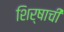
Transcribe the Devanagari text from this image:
शिर्षाची